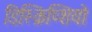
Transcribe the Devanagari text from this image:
डिस्क्रिप्शियो